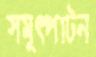
সমুৎপাটন